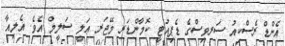
އެންޑް ރެސްކިއު ސަރވިސްގެ ޑެޕިއުޓީ ކޮމާންޑަރ މޭޖަރ ޢަލީ ސަލީމް އެވެ. އެލިއާ